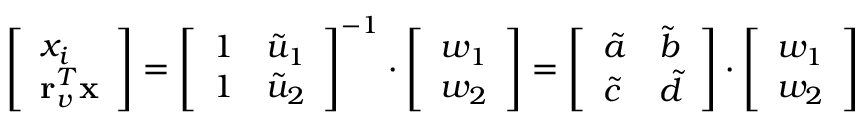
\left[ \begin{array} { l } { x _ { i } } \\ { \mathbf { r } _ { v } ^ { T } \mathbf { x } } \end{array} \right] = \left[ \begin{array} { l l } { 1 } & { \tilde { u } _ { 1 } } \\ { 1 } & { \tilde { u } _ { 2 } } \end{array} \right] ^ { - 1 } \cdot \left[ \begin{array} { l } { w _ { 1 } } \\ { w _ { 2 } } \end{array} \right] = \left[ \begin{array} { l l } { \tilde { a } } & { \tilde { b } } \\ { \tilde { c } } & { \tilde { d } } \end{array} \right] \cdot \left[ \begin{array} { l } { w _ { 1 } } \\ { w _ { 2 } } \end{array} \right]